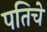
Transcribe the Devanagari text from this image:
पतिचे